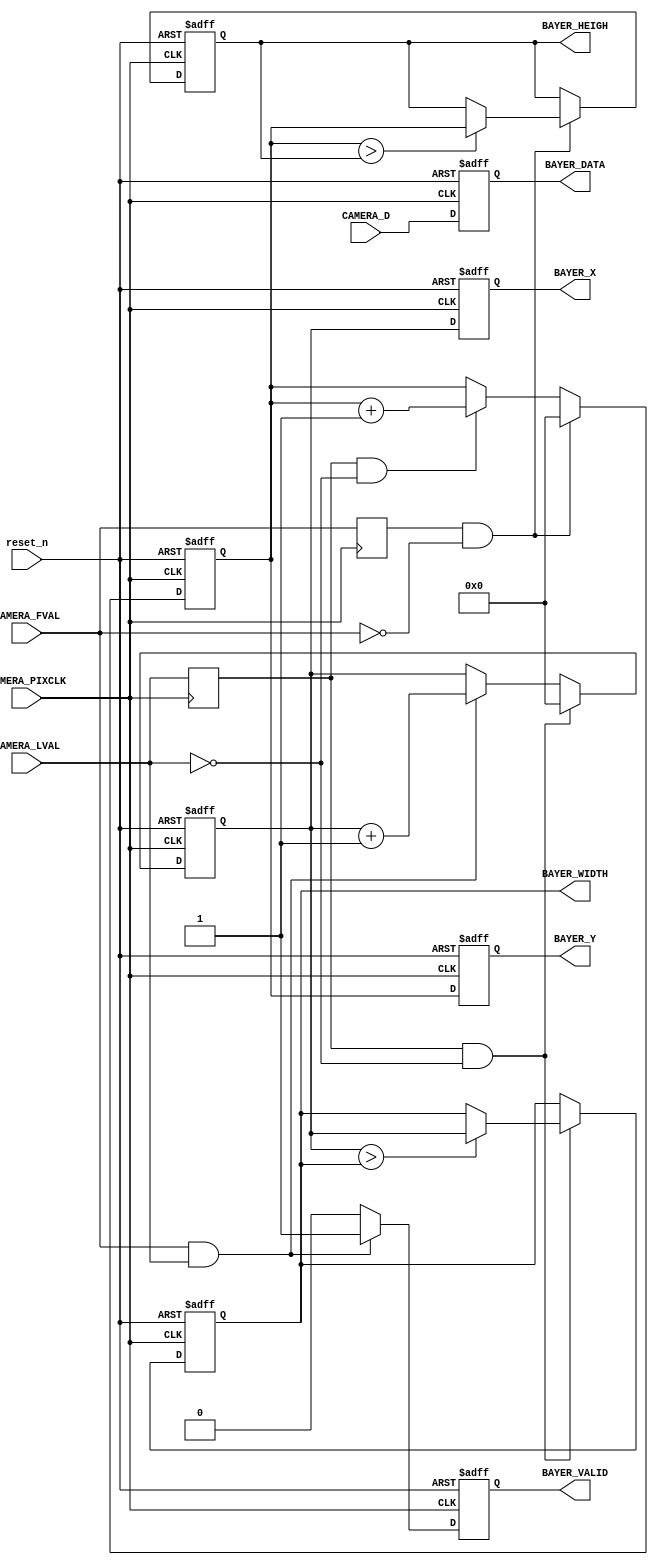
module CAMERA_Bayer(
	reset_n,
	
	CAMERA_D,
	CAMERA_FVAL,
	CAMERA_LVAL,
	CAMERA_PIXCLK,
	
	BAYER_X,
	BAYER_Y,
	BAYER_DATA,
	BAYER_VALID,
	BAYER_WIDTH,
	BAYER_HEIGH
);

input						reset_n;

input		    [11:0]		CAMERA_D;
input		          		CAMERA_FVAL;
input		          		CAMERA_LVAL;
input		          		CAMERA_PIXCLK;

output	reg		[11:0]		BAYER_X;
output	reg		[11:0]		BAYER_Y;
output	reg		[11:0]		BAYER_DATA;
output	reg					BAYER_VALID;
output	reg		[11:0]		BAYER_WIDTH;
output	reg		[11:0]		BAYER_HEIGH;





reg pre_CAMERA_FVAL;
reg pre_CAMERA_LVAL;

always @ (negedge CAMERA_PIXCLK)
begin
	pre_CAMERA_FVAL <= CAMERA_FVAL;
	pre_CAMERA_LVAL <= CAMERA_LVAL;
end

//////////////////////
// Y, heigh count
reg [11:0] y_cnt;
always @ (posedge CAMERA_PIXCLK or negedge reset_n)
begin
	if (~reset_n)
		begin
		BAYER_HEIGH <= 0;
		y_cnt <= 0;
		end
	else if (pre_CAMERA_FVAL & ~CAMERA_FVAL)
	begin
		y_cnt <= 0;
		if (y_cnt > BAYER_HEIGH)
			BAYER_HEIGH <= y_cnt;		
	end		
	else if (pre_CAMERA_LVAL && ~CAMERA_LVAL)
		y_cnt <= y_cnt + 1;		

end

always @ (posedge CAMERA_PIXCLK or negedge reset_n)
begin
	if (~reset_n)
		BAYER_Y <= 0;
	else
		BAYER_Y <= y_cnt;
end

//////////////////////
// X, width count
reg [11:0] x_cnt;
always @ (posedge CAMERA_PIXCLK or negedge reset_n)
begin
	if (~reset_n)
	begin
		BAYER_WIDTH <= 0;
		x_cnt <= 0;
	end
	else if (pre_CAMERA_LVAL & ~CAMERA_LVAL)
	begin
		x_cnt <= 0;
		if (x_cnt > BAYER_WIDTH)
			BAYER_WIDTH <= x_cnt;		
	end
	else if (CAMERA_FVAL & CAMERA_LVAL)
		x_cnt <= x_cnt + 1;
end

always @ (posedge CAMERA_PIXCLK or negedge reset_n)
begin
	if (~reset_n)
		BAYER_X <= 0;
	else
		BAYER_X <= x_cnt;
end

// data valid
always @ (posedge CAMERA_PIXCLK or negedge reset_n)
begin
	if (~reset_n)
		BAYER_VALID <= 1'b0;
	else
		BAYER_VALID <= (CAMERA_FVAL & CAMERA_LVAL)?1'b1:1'b0;
	
end

// data 
always @ (posedge CAMERA_PIXCLK or negedge reset_n)
begin
	if (~reset_n)
		BAYER_DATA <= 12'h000;
	else
		BAYER_DATA <= CAMERA_D;
	
end

endmodule